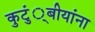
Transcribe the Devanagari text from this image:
कुटुं्बीयांना